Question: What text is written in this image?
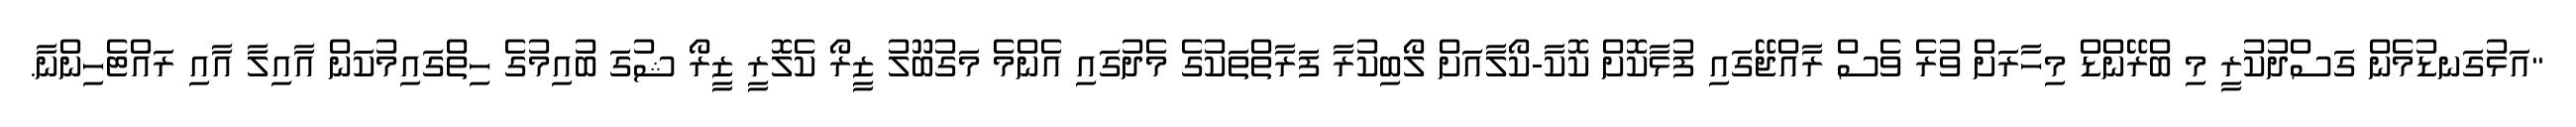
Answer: "އަޅުގަނޑުމެން ގަސްދުކުރީ މި ބްރޭންޑް މިހާރަށް ވުރެ ވެސް ރާއްޖޭގައި ފުޅާކޮށް ކޮކާ-ކޯލާއަށް ލޯބިކުރާ ފަރާތްތަކުގެ މެދުގައި އެންމެ މަގުބޫލު ޒީރޯ ކެލޮރީ ޒީރޯ ޝުގަ ބުއިމުގެ ހިތްގައިމުކަން އާއިލާ އާއި ރައްޓެހިންނާ.